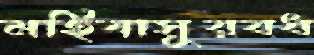
মহিষাসুরবধ